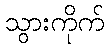
သွားကိုက်